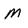
Character: M